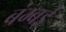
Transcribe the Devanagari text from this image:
बंम्बई